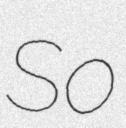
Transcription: So